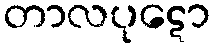
တာလပုဋော